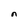
Character: n